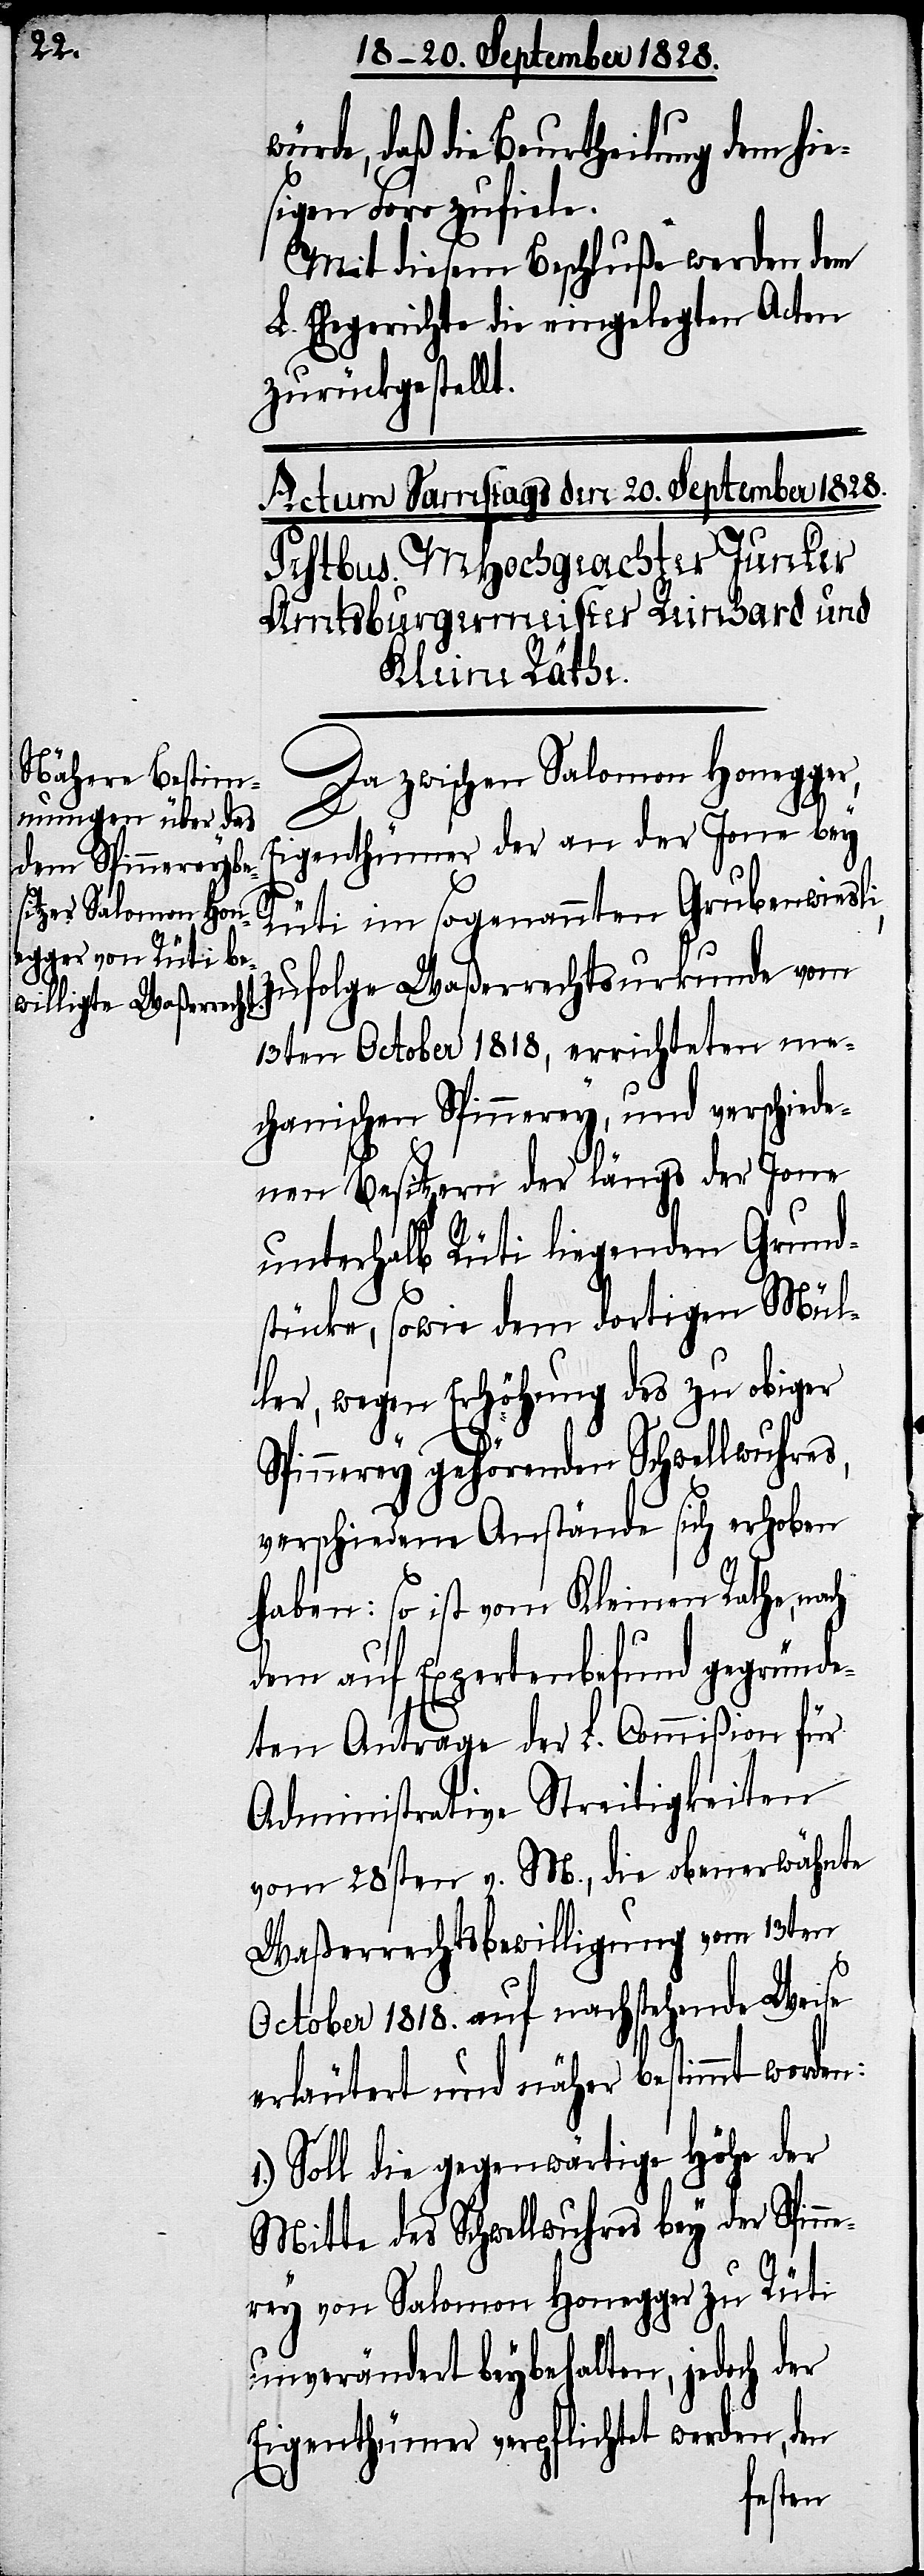
würde, daß die Beurtheilung dem hie¬
sigen Foro zufiele.
Mit diesem Beschluße werden dem
L. Ehegerichte die eingelegten Acten
zurückgestellt.
Da zwischen Salomon Honegger,
Eigenthümer der an der Jone bey
Rüti im sogenannten Grubenwiesli,
zufolge Waßerrechtsurkunde vom
13ten October 1818, errichteten me¬
chanischen Spinnerey, und verschiede¬
nen Besitzern der längs der Jone
unterhalb Rüti liegenden Grund¬
stücke, sowie dem dortigen Mül¬
ler, wegen Erhöhung des zu obiger
Spinnerey gehörenden Schwellwuhres,
verschiedene Anstände sich erhoben
haben: so ist vom Kleinen Rathe, nach
dem auf Expertenbefund gegründe¬
ten Antrage der L. Commißion für
Administrative Streitigkeiten
vom 28sten v. M., die obenerwähnte
Waßerrechtsbewilligung vom 13ten
October 1818. auf nachstehende Weise
erläutert und näher bestimmt worden:
Soll die gegenwärtige Höhe der
Mitte des Schwellwuhres bey der Spin¬
nerey von Salomon Honegger zu Rüti
unverändert beybehalten, jedoch der
Eigenthümer verpflichtet werden, den